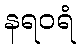
နရဝရံ